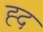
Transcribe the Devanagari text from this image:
ह्द